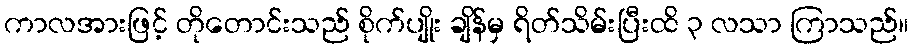
ကာလအားဖြင့် တိုတောင်းသည် စိုက်ပျိုး ချိန်မှ ရိတ်သိမ်းပြီးထိ ၃ လသာ ကြာသည်။